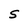
Character: S